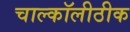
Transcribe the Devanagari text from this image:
चाल्कॉलीठीक